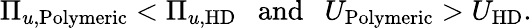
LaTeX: \Pi_{u,\mathrm{Polymeric}}<\Pi_{u,\mathrm{HD}}~~~\mathrm{and}~~~U_{\mathrm{Polymeric}}>U_{\mathrm{HD}}.